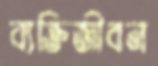
ব্যক্তিজীবন